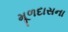
મૂળદાસના